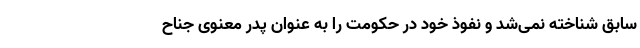
سابق شناخته نمی‌شد و نفوذ خود در حکومت را به عنوان پدر معنوی جناح